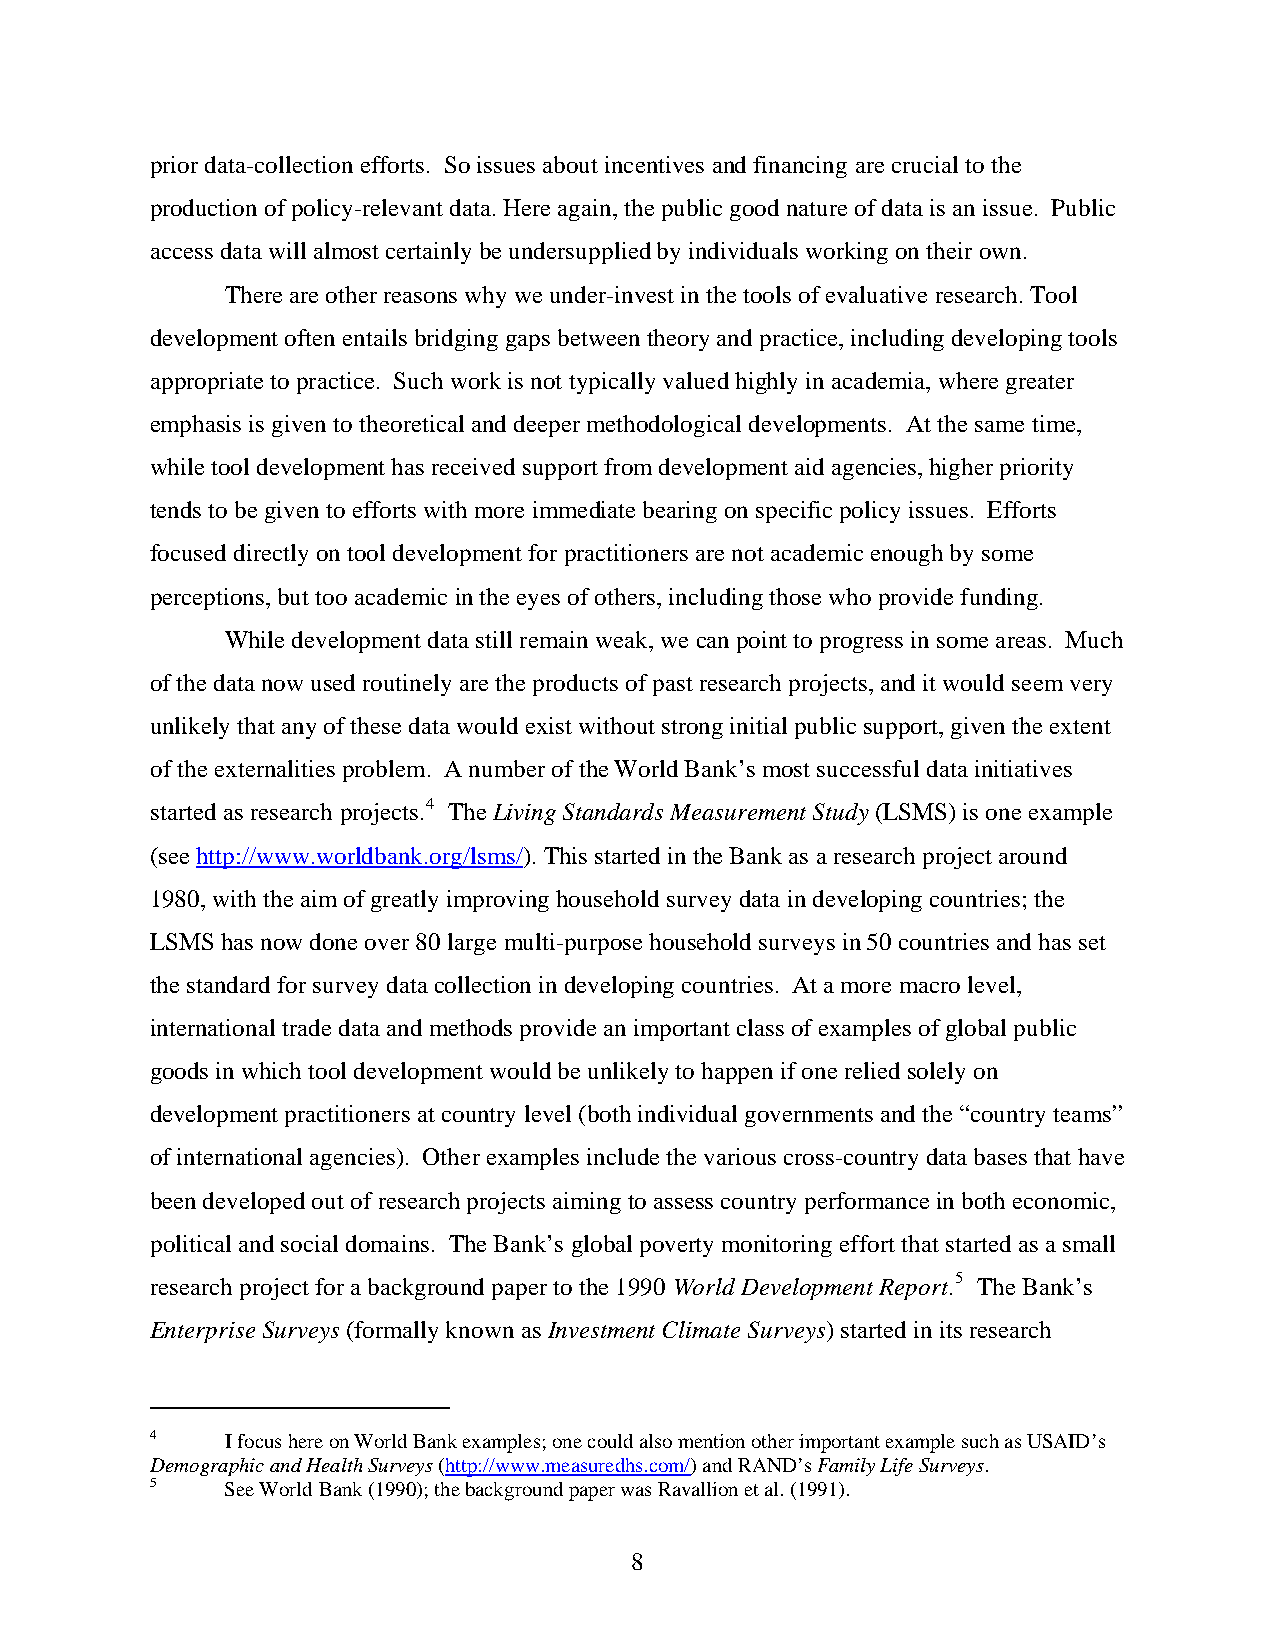
prior data-collection efforts. So issues about incentives and financing are crucial to the
 production of policy-relevant data. Here again, the public good nature of data is an issue. Public
 access data will almost certainly be undersupplied by individuals working on their own.
 There are other reasons why we under-invest in the tools of evaluative research. Tool
 development often entails bridging gaps between theory and practice, including developing tools
 appropriate to practice. Such work is not typically valued highly in academia, where greater
 emphasis is given to theoretical and deeper methodological developments. At the same time,
 while tool development has received support from development aid agencies, higher priority
 tends to be given to efforts with more immediate bearing on specific policy issues. Efforts
 focused directly on tool development for practitioners are not academic enough by some
 perceptions, but too academic in the eyes of others, including those who provide funding.
 While development data still remain weak, we can point to progress in some areas. Much
 of the data now used routinely are the products of past research projects, and it would seem very
 unlikely that any of these data would exist without strong initial public support, given the extent
 of the externalities problem. A number of the World Bank’s most successful data initiatives
 started as research projects.4 The Living Standards Measurement Study (LSMS) is one example
 (see http://www.worldbank.org/lsms/). This started in the Bank as a research project around
 1980, with the aim of greatly improving household survey data in developing countries; the
 LSMS has now done over 80 large multi-purpose household surveys in 50 countries and has set
 the standard for survey data collection in developing countries. At a more macro level,
 international trade data and methods provide an important class of examples of global public
 goods in which tool development would be unlikely to happen if one relied solely on
 development practitioners at country level (both individual governments and the “country teams”
 of international agencies). Other examples include the various cross-country data bases that have
 been developed out of research projects aiming to assess country performance in both economic,
 political and social domains. The Bank’s global poverty monitoring effort that started as a small
 research project for a background paper to the 1990 World Development Report.5 The Bank’s
 Enterprise Surveys (formally known as Investment Climate Surveys) started in its research
 4    I focus here on World Bank examples; one could also mention other important example such as USAID’s
 Demographic and Health Surveys (http://www.measuredhs.com/) and RAND’s Family Life Surveys.
 5    See World Bank (1990); the background paper was Ravallion et al. (1991).
 8